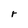
Character: r